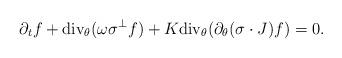
LaTeX: \begin{align*}\partial_{t}f+\mbox{div}_{\theta}(\omega \sigma^{\perp} f)+K\mbox{div}_{\theta}(\partial_{\theta}(\sigma\cdot J) f)=0. \end{align*}